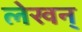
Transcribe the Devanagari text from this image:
लेखन्